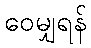
ဝေမျှရန်